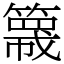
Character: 簚